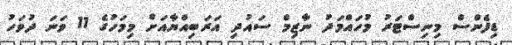
ޑިފެންސް މިނިސްޓަރު މުހައްމަދު ނާޒިމް ސައުދި އަރަބިއްޔާއަށް މިމަހުގެ 11 ވަނަ ދުވަހު